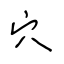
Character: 穴